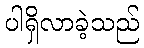
ပါရှိလာခဲ့သည်